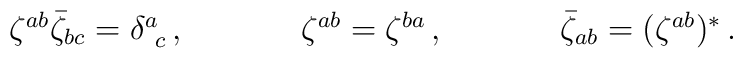
\begin{array}{ccc}\zeta^{ab}\bar{\zeta}_{bc}=\delta^{a}_{~c}\,,~~~~&~~~~\zeta^{ab}=\zeta^{ba}\,,~~~~&~~~~\bar{\zeta}_{ab}=(\zeta^{ab})^{\ast}\,.\end{array}